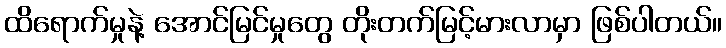
ထိရောက်မှုနဲ့ အောင်မြင်မှုတွေ တိုးတက်မြင့်မားလာမှာ ဖြစ်ပါတယ်။